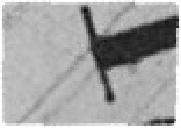
181